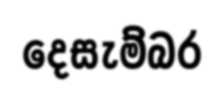
දෙසැම්බර